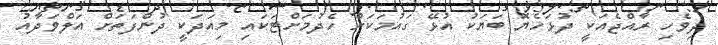
ދިވެހި ރާއްޖެއަކީ ދުޅަހެޔޮ ބަޔަކު އުޅޭ ގައުމަކަށް ހެދުމަށްޓަކައި މިއަދަކީ ދުންފަތަށް އަލްވަދާއު